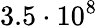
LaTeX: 3.5\cdot 10^{8}